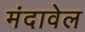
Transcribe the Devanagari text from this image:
मंदावेल